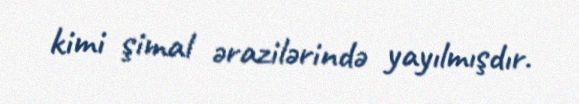
kimi şimal ərazilərində yayılmışdır.